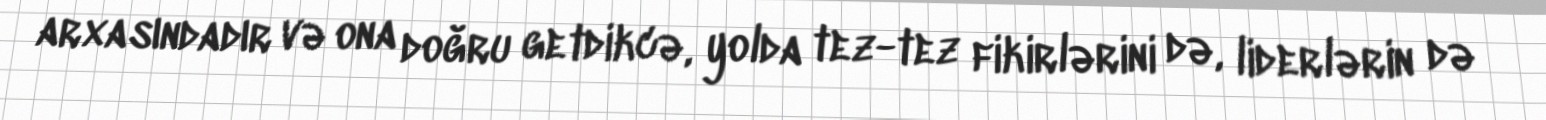
arxasındadır və ona doğru getdikcə, yolda tez-tez fikirlərini də, liderlərin də